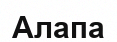
Алапа